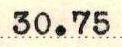
30.75